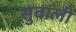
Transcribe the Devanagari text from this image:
सुबाली